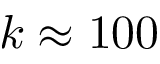
k \approx 1 0 0